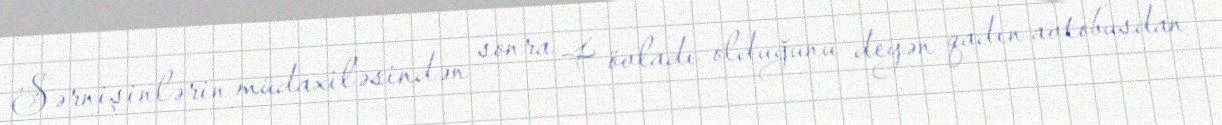
Sərnişinlərin müdaxiləsindən sonra 4 övladı olduğunu deyən qadın avtobusdan